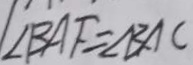
\angle B A F = \angle B A C